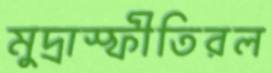
মুদ্রাস্ফীতিরল